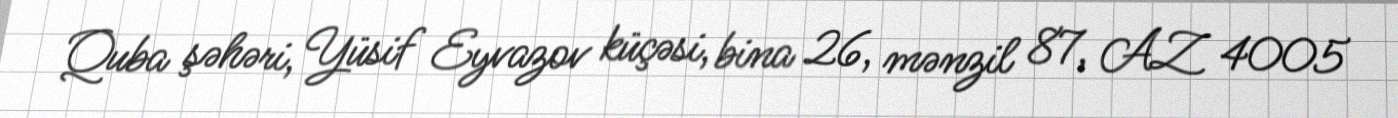
Quba şəhəri, Yüsif Eyvazov küçəsi, bina 26, mənzil 87, AZ 4005